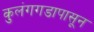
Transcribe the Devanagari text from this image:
कुलंगगडापासून